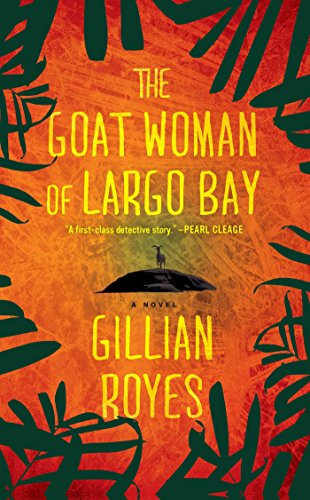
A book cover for The Goat Woman of Largo Bay: A Novel (A Shadrack Myers Mystery); Gillian Royes; Mystery, Thriller & Suspense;